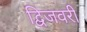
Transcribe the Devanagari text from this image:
द्विजवरी